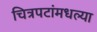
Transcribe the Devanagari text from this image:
चित्रपटांमधल्या